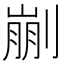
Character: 剻